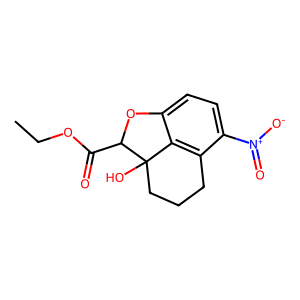
SMILES: CCOC(=O)C1Oc2ccc([N+](=O)[O-])c3c2C1(O)CCC3
Inhibits HIV replication: No